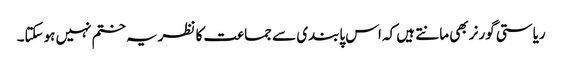
ریاستی گورنر بھی مانتے ہیں کہ اس پابندی سے جماعت کا نظریہ ختم نہیں ہوسکتا۔